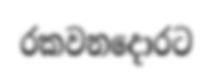
රකවනදොරට